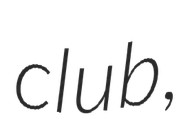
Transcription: club,